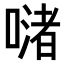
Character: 𠹲